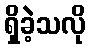
ရှိခဲ့သလို